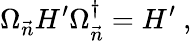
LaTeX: \Omega_{\vec{n}}H^{\prime}\Omega_{\vec{n}}^{\dagger}=H^{\prime}\ ,